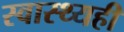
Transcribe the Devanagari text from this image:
स्वास्थ्यही